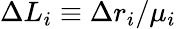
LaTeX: \Delta L_{i}\equiv\Delta r_{i}/\mu_{i}